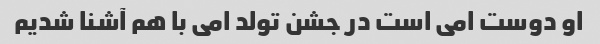
او دوست امی است در جشن تولد امی با هم آشنا شدیم